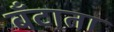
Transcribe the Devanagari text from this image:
बँटाता